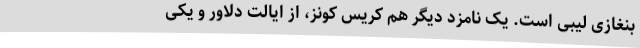
بنغازی لیبی است. یک نامزد دیگر هم کریس کونز، از ایالت دلاور و یکی